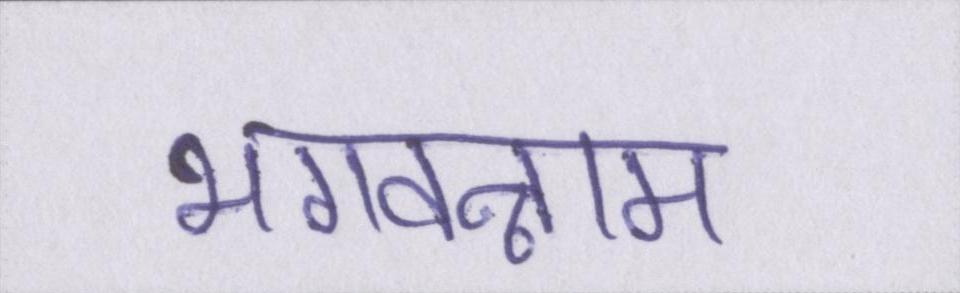
भगवन्नाम